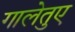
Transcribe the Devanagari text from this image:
गालेतुए